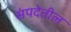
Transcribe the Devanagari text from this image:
संपदेतील